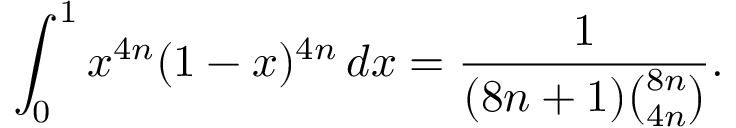
\int _ { 0 } ^ { 1 } x ^ { 4 n } ( 1 - x ) ^ { 4 n } \, d x = { \frac { 1 } { ( 8 n + 1 ) { \binom { 8 n } { 4 n } } } } .